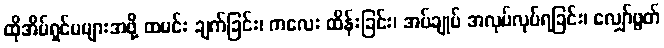
ထိုအိမ်ရှင်မများအဖို့ ထမင်း ချက်ခြင်း၊ ကလေး ထိန်းခြင်း၊ အပ်ချုပ် အလုပ်လုပ်ရခြင်း၊ လျှော်ဖွတ်